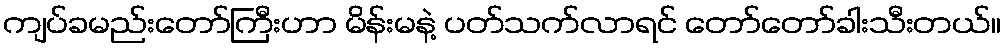
ကျပ်ခမည်းတော်ကြီးဟာ မိန်းမနဲ့ ပတ်သက်လာရင် တော်တော်ခါးသီးတယ်။